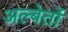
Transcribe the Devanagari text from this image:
अल्बेर्तो